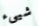
شيىء